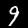
Digit: 9